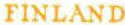
FINLAND